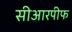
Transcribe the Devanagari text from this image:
सीआरपीफ